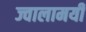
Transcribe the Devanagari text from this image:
ज्‍वालामयी